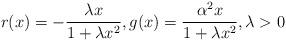
LaTeX: \begin{align*}r(x) = -\frac {\lambda x}{1 + \lambda x^{2}}, g(x) = \frac {\alpha^{2}x}{1 + \lambda x^{2}}, \lambda > 0\end{align*}